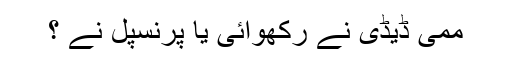
ممی ڈیڈی نے رکھوائی یا پرنسپل نے ؟